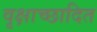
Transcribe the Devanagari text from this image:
वृक्षाच्छादित